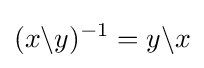
(x\backslash y)^{-1}=y\backslash x